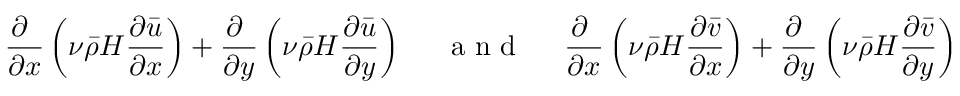
\frac { \partial ~ } { \partial x } \left( \nu \bar { \rho } H \frac { \partial \bar { u } } { \partial x } \right) + \frac { \partial ~ } { \partial y } \left( \nu \bar { \rho } H \frac { \partial \bar { u } } { \partial y } \right) ~ \quad \textrm { a n d } \quad ~ \frac { \partial ~ } { \partial x } \left( \nu \bar { \rho } H \frac { \partial \bar { v } } { \partial x } \right) + \frac { \partial ~ } { \partial y } \left( \nu \bar { \rho } H \frac { \partial \bar { v } } { \partial y } \right)